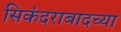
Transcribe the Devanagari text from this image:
सिकंदराबादच्या